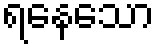
ရနေသော